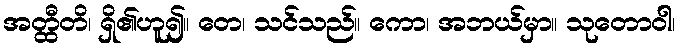
အတ္ထီတိ၊ ရှိ၏ဟူ၍။ တေ၊ သင်သည်။ ကော၊ အဘယ်မှာ။ သုတောဝါ၊